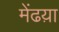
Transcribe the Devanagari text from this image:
मेंढय़ा